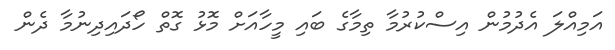
އަމިއްލަ އެދުމުން އިސްކުރުމާ ތިމާގެ ބައި މީހާއަށް މޮޅު ގޮތް ހޯދައިދިނުމާ ދެން